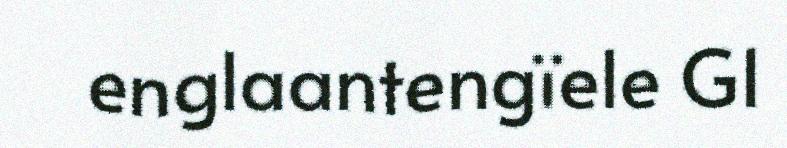
englaantengïele G1